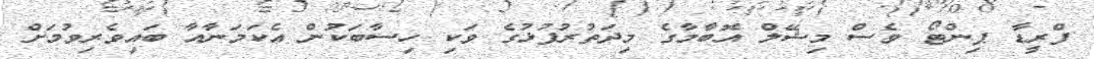
ފްރީޑާ ޕިންޓޯ ވެސް މިޝޭލް އޮބާމާގެ މިދަތުރުފުޅުގެ ވަކި ހިސާބަކުން އެކަމަނާއާ ބައިވެރިވުމަށް